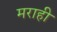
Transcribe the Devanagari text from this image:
मराही